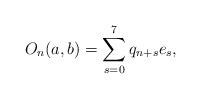
LaTeX: \begin{align*}O_{n}(a,b) =\sum_{s=0}^{7}q_{n+s}e_{s}, \end{align*}